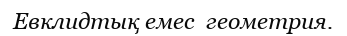
Евклидтық емес  геометрия.